Vaccination in the Punjab 1867-1880 - 1867-1880
Year: 1867
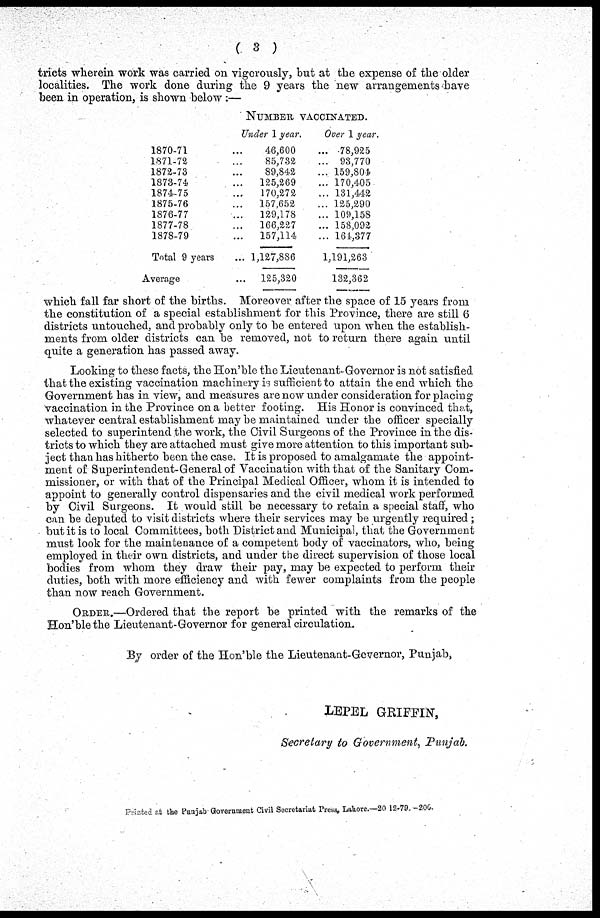
( 3 )
tricts wherein work was carried on vigorously, but at the expense of the older
localities. The work done during the 9 years the new arrangements have
been in operation, is shown below :—
1870-71 ...
1871-72 ...
1872-73 ...
1873-74 ...
1874-75 ...
1875-76 ...
1876-77 ...
1877-78 ...
1878-79 ...
Total 9 years ...
Average ...
NUMBER VACCINATED.
under 1 year.
46,600 ...
85,732 ...
89,842 ...
125,269 ...
170,272 ...
157,652 ...
129,178 ...
166,227 ...
157,114 ...
1,127,886
125,320
Over 1 year.
78,925
93,770
159,804
170,405
131,442
125,290
109,158
158,092
161,377
1,191,263
132,362
which fall far short of the births. Moreover after the space of 15 years from
the constitution of a special establishment for this Province, there are still 6
districts untouched, and probably only to be entered upon when the establish-
ments from older districts can be removed, not to return there again until
quite a generation has passed away.
Looking to these facts, the Hon'ble the Lieutenant-Governor is not satisfied
that the existing vaccination machinery is sufficient to attain the end which the
Government has in view, and measures are now under consideration for placing
vaccination in the Province on a better footing. His Honor is convinced that,
whatever central establishment may be maintained under the officer specially
selected to superintend the work, the Civil Surgeons of the Province in the dis-
tricts to which they are attached must give more attention to this important sub-
ject than has hitherto been the case. It is proposed to amalgamate the appoint-
ment of Superintendent-General of Vaccination with that of the Sanitary Com-
missioner, or with that of the Principal Medical Officer, whom it is intended to
appoint to generally control dispensaries and the civil medical work performed
by Civil Surgeons. It would still be necessary to retain a special staff, who
can be deputed to visit districts where their services may be urgently required ;
but it is to local Committees, both District and Municipal, that the Government
must look for the maintenance of a competent body of vaccinators, who, being
employed in their own districts, and under the direct supervision of those local
bodies from whom they draw their pay, may be expected to perform their
duties, both with more efficiency and with fewer complaints from the people
than now reach Government.
ORDER.—Ordered that the report be printed with the remarks of the
Hon'ble the Lieutenant-Governor for general circulation.
By order of the Hon'ble the Lieutenant-Gcvernor, Punjab,
LEPEL GRIFFIN,
Secretary to Government, Punjab.
Printed at the Punjab Government Civil Secretariat Press, Lahore—20-12-79.—200.